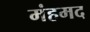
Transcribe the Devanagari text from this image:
मंहमद